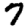
Digit: 7